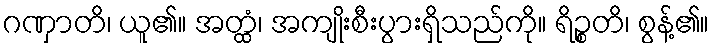
ဂဏှာတိ၊ ယူ၏။ အတ္ထံ၊ အကျိုးစီးပွားရှိသည်ကို။ ရိဉ္စတိ၊ စွန့်၏။